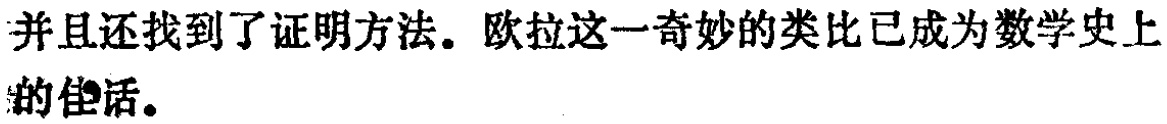
并且还找到了证明方法。欧拉这一奇妙的类比已成为数学史上的佳话。